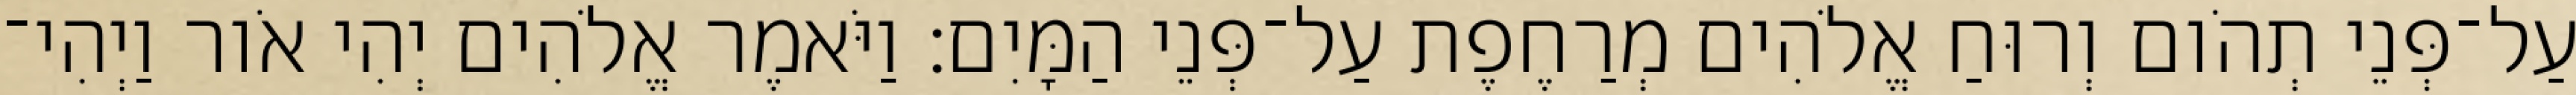
עַל־פְּנֵי תְהֹום וְרוּחַ אֱלֹהִים מְרַחֶפֶת עַל־פְּנֵי הַמָּיִם׃ וַיֹּאמֶר אֱלֹהִים יְהִי אֹור וַיְהִי־